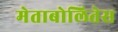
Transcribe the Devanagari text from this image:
मेताबोलितेस